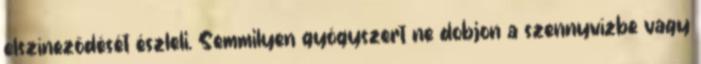
elszíneződését észleli. Semmilyen gyógyszert ne dobjon a szennyvízbe vagy